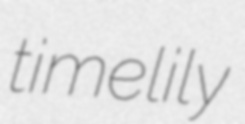
timelily